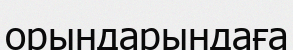
орындарындаға